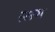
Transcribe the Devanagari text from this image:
सरभ